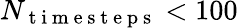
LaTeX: N_{\mathrm{~t~i~m~e~s~t~e~p~s~}}<100